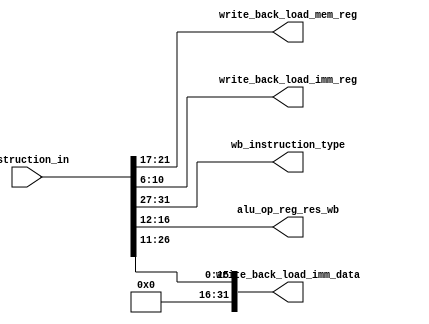
module stage_write_back(
                        /* verilator lint_off UNUSED */
                        input [31:0] instruction_in,

                        output [4:0] write_back_load_mem_reg,
                        output [4:0] write_back_load_imm_reg,

                        output [4:0] wb_instruction_type,
                        output [4:0] alu_op_reg_res_wb,

                        output [31:0] write_back_load_imm_data);

   assign write_back_load_mem_reg = instruction_in[21:17];
   assign write_back_load_imm_reg = instruction_in[10:6];

   assign wb_instruction_type = instruction_in[31:27];

   assign alu_op_reg_res_wb = instruction_in[16:12];

   assign write_back_load_imm_data = {{16{1'b0}}, instruction_in[26:11]};
   
endmodule